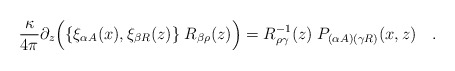
\begin{align*}{\kappa \over{ 4\pi}}\partial_z\Bigl(\{\xi_{\alpha A}(x),\xi_{\beta R}(z)\}\;R_{\beta\rho}(z)\Bigr) = R_{\rho\gamma}^{-1}(z) \;P_{(\alpha A)(\gamma R)}(x,z)\quad.\end{align*}